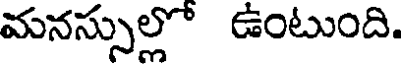
మనస్సుల్లో ఉంటుంది.